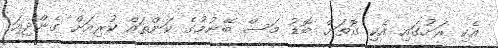
އެކި ރަށުގައި އެކި ގޮތަށް ބޮޑު މަސް ބޭނުމުގެ ކަންތައް ކުރިއަށް ގެންދިއަ